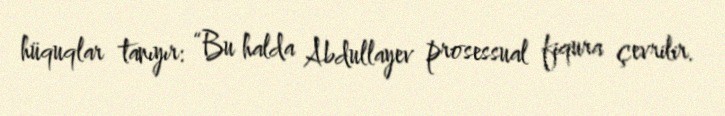
hüquqlar tanıyır: “Bu halda Abdullayev prosessual fiqura çevrilir.